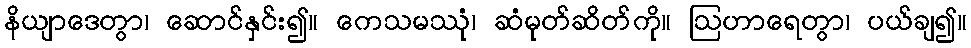
နိယျာဒေတွာ၊ ဆောင်နှင်း၍။ ကေသမဿုံ၊ ဆံမုတ်ဆိတ်ကို။ ဩဟာရေတွာ၊ ပယ်ချ၍။